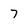
Character: 7